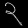
Digit: ၃